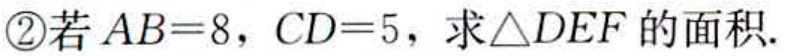
\textcircled{2}若\(AB = 8\)，\(CD = 5\)，求\(\triangle DEF\)的面积.